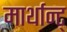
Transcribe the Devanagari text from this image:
मार्थान्ट्